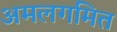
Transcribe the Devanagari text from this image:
अमलगमित